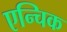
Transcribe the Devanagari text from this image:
एन्चिक